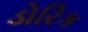
ડોરિક